Tartu_pedagoogiumi_aruanded, lk 16
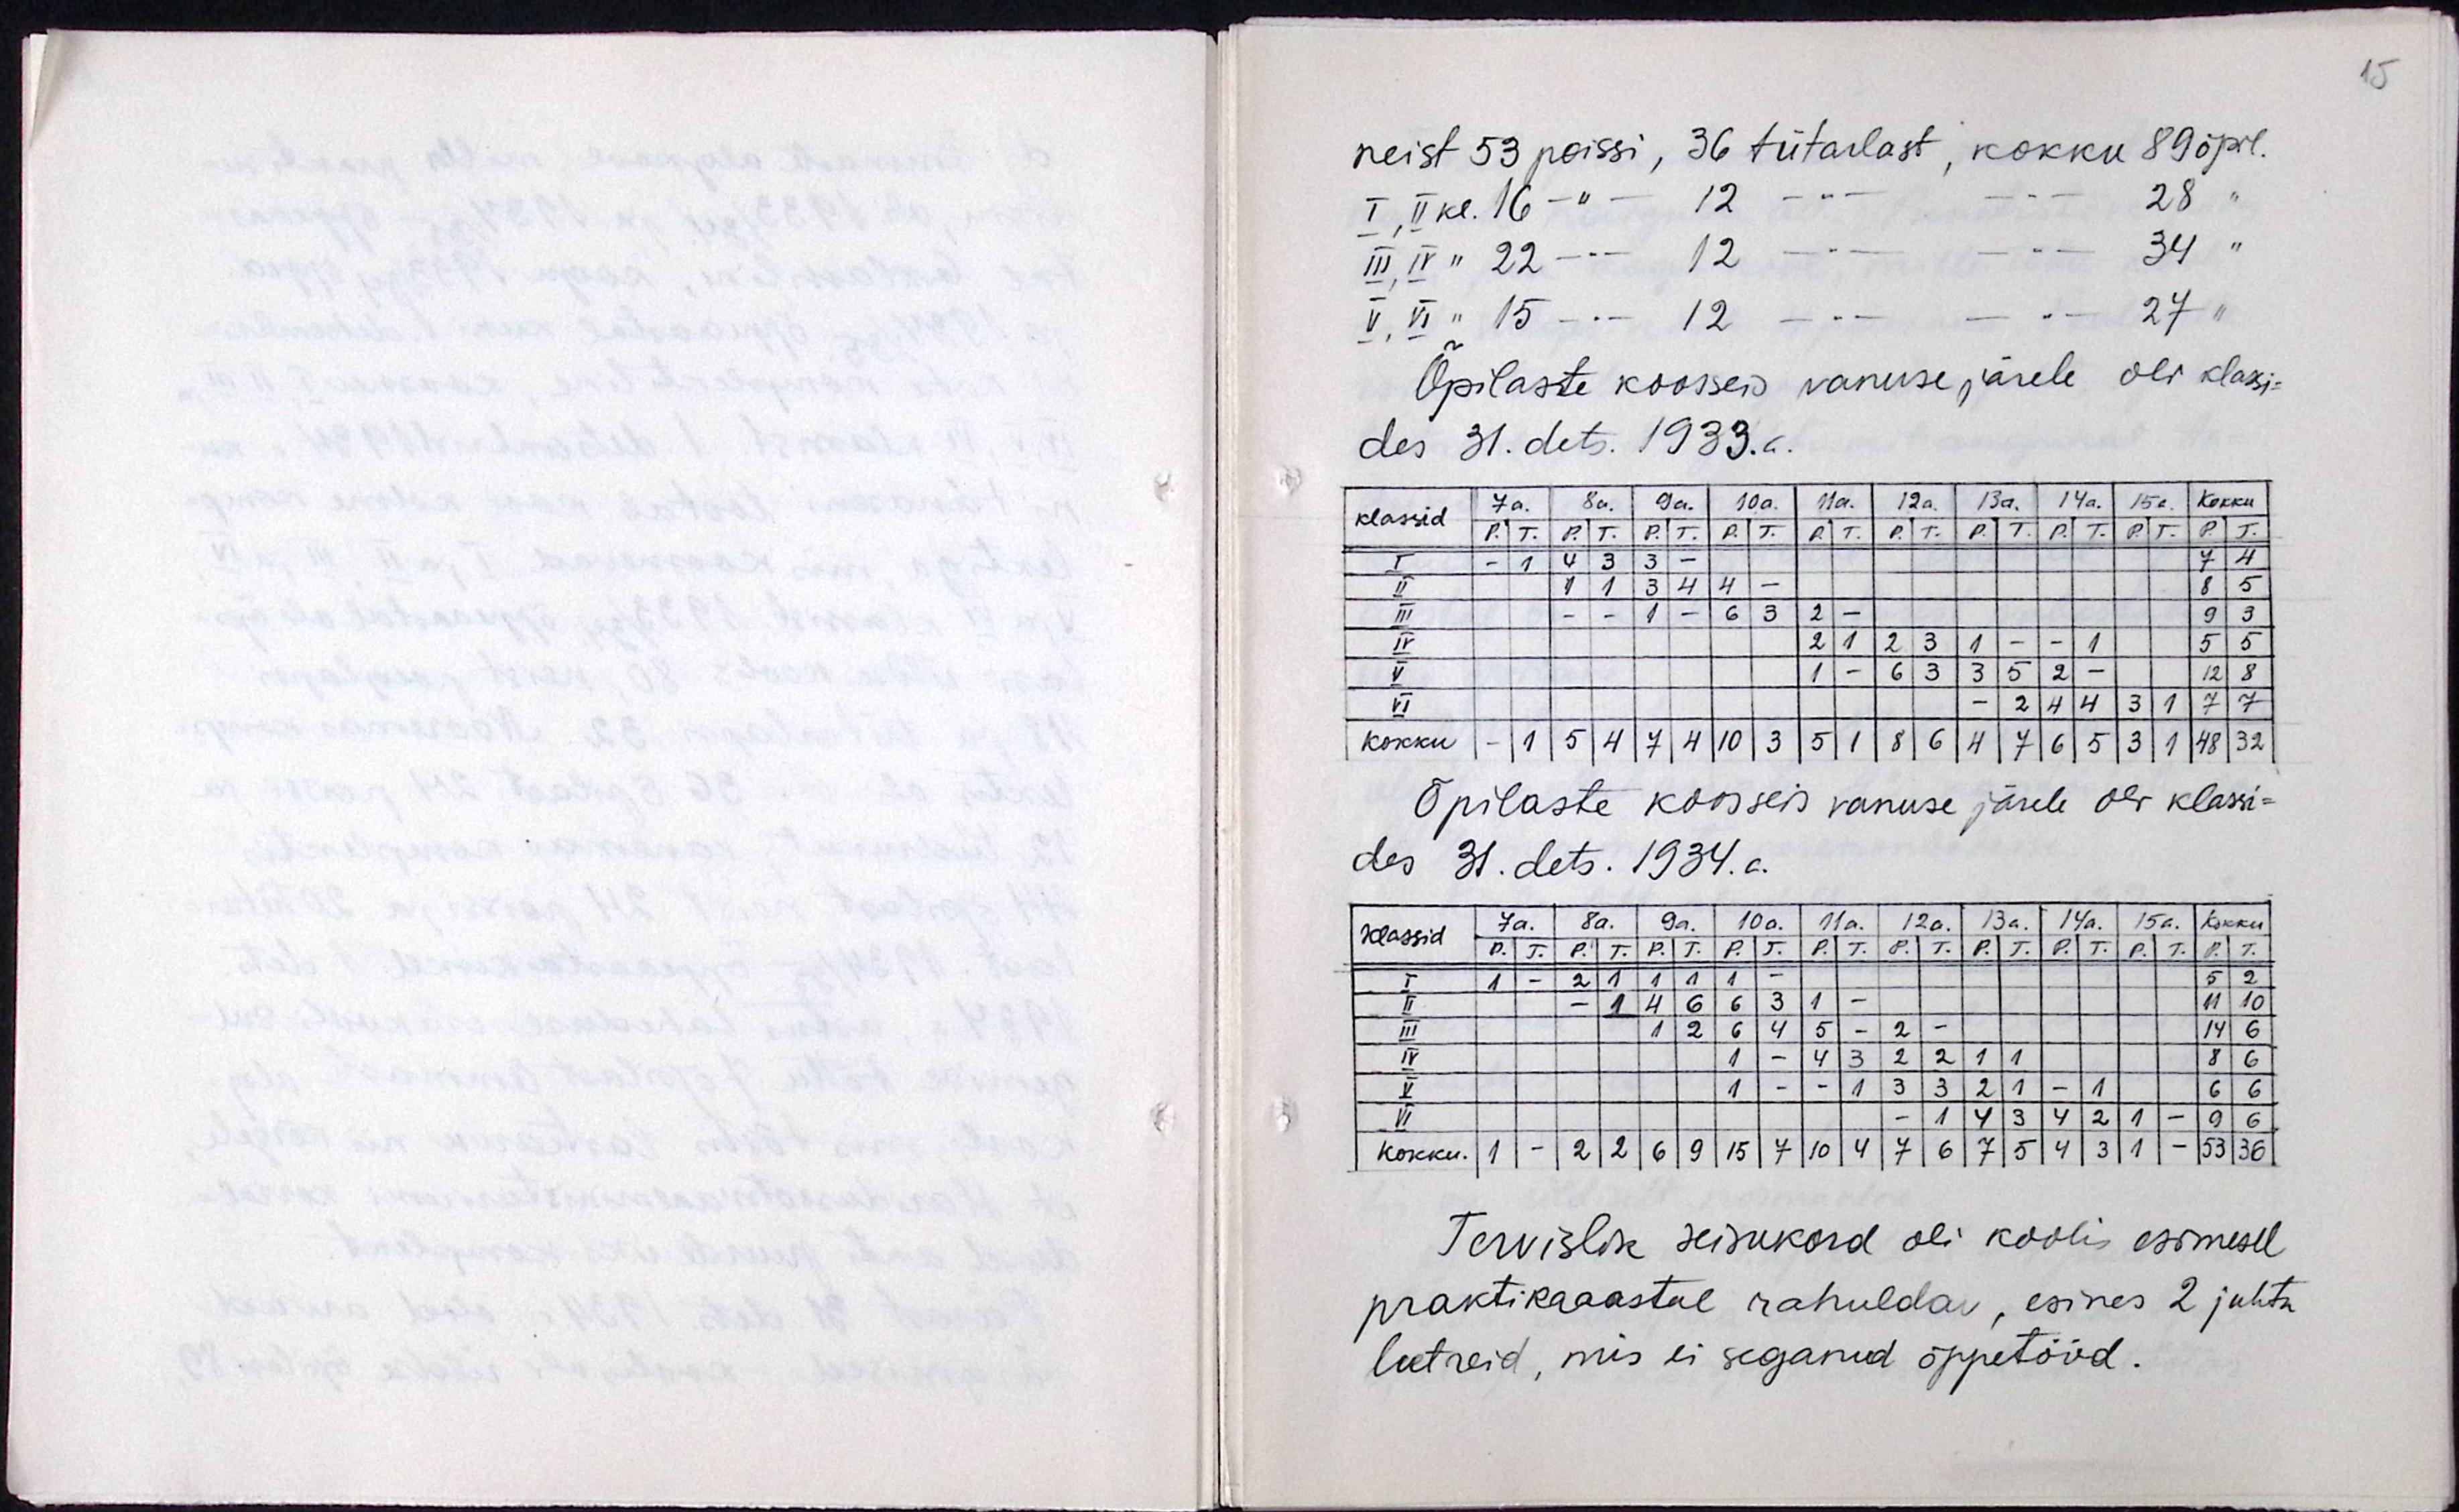
neist 53 poissi, 36 tütarlast, kokku 89 õpil.
Õpilaste koosseis vanuse järele oli klassi-
des 31.dets. 1933.a.
Õpilaste koosseis vanuse järele oli klassi-
des 31.dets. 1934.a.
Tervislik seisukord oli kooli esimesel
praktikaastal rahuldav, esines 2 juhtu
leetreid, mis ei seganud õppetööd.